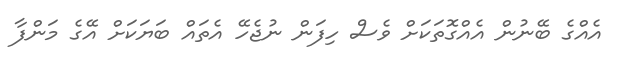
އެއްގެ ބޭނުން އެއްގޮތަކަށް ވެސް ހިފަން ނުޖެހޭ އެތައް ބަޔަކަށް އޭގެ މަންފާ